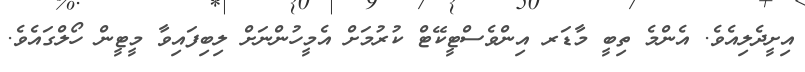
އިށީދެލިއެވެ. އެންމެ ތިބީ މާޑަރ އިންވެސްޓީކޭޓް ކުރުމަށް އެމީހުންނަށް ލިބިފައިވާ މީޓީން ހޯލްގައެވެ.